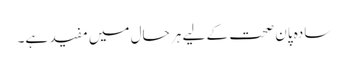
سادہ پان صحت کے لیے ہر حال میں مفید ہے۔